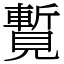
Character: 覱